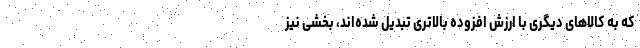
که به کالاهای دیگری با ارزش افزوده بالاتری تبدیل شده‌اند، بخشی نیز